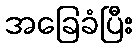
အခြေခံပြီး